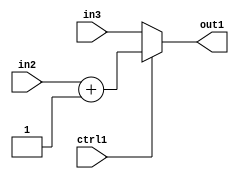
`timescale 1ps / 1ps
/*****************************************************************************
    Verilog RTL Description
    
    
    Created by: CellMath Designer 2019.1.01 
*******************************************************************************/

module fix2float_MuxAdd2i1s32s32u1_4_3 (
	in3,
	in2,
	ctrl1,
	out1
	); /* architecture "behavioural" */ 
input [31:0] in3,
	in2;
input  ctrl1;
output [31:0] out1;
wire [31:0] asc001,
	asc003;

assign asc003 = 
	+(in2)
	+(32'B00000000000000000000000000000001);

reg [31:0] asc001_tmp_0;
assign asc001 = asc001_tmp_0;
always @ (ctrl1 or asc003 or in3) begin
	case (ctrl1)
		1'B1 : asc001_tmp_0 = asc003 ;
		default : asc001_tmp_0 = in3 ;
	endcase
end

assign out1 = asc001;
endmodule

/* CADENCE  v7XzSA0= : u9/ySgnWtBlWxVPRXgAZ4Og= ** DO NOT EDIT THIS LINE ******/